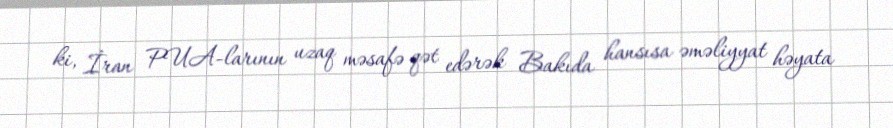
ki, İran PUA-larının uzaq məsafə qət edərək Bakıda hansısa əməliyyat həyata